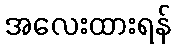
အလေးထားရန်